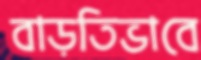
বাড়তিভাবে